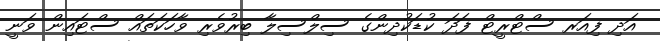
އަދި ފިއަރ ސްޓްރީޓް ފަދަ ކުޑަކުދިންގެ ސިލްސިލާ ބިރުވެރި ވާހަކަތައް ސްޓައިން ވަނީ